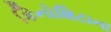
કિનોશિટાના